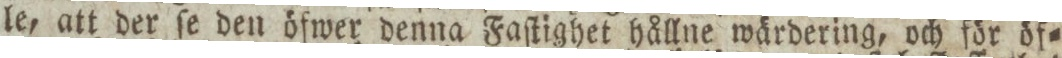
le, att der ſe den öfwer denna Faſtighet hållne wärdering, och för öf=